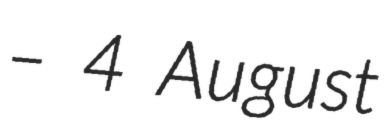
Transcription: – 4 August